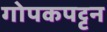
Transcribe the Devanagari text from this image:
गोपकपट्टन